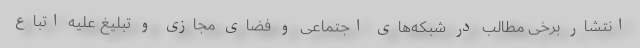
انتشار برخی مطالب در شبکه‌های اجتماعی و فضای مجازی و تبلیغ علیه اتباع